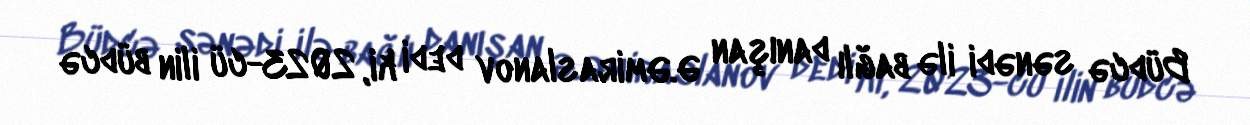
Büdcə sənədi ilə bağlı danışan Ə.Əmiraslanov dedi ki, 2023-cü ilin büdcə